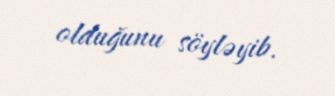
olduğunu söyləyib.